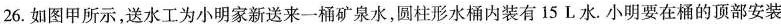
26.如图甲所示，送水工为小明家新送来一桶矿泉水，圆柱形水桶内装有15L水.小明要在桶的顶部安装